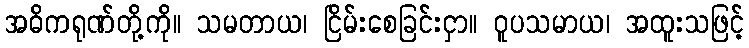
အဓိကရုဏ်တို့ကို။ သမတာယ၊ ငြိမ်းစေခြင်းငှာ။ ဝူပသမာယ၊ အထူးသဖြင့်